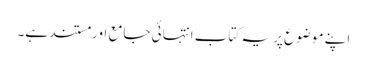
اپنے موضوع پر یہ کتاب انتہائی جامع اور مستند ہے۔